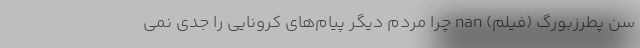
سن پطرزبورگ (فیلم) nan چرا مردم دیگر پیام‌های کرونایی را جدی نمی‌